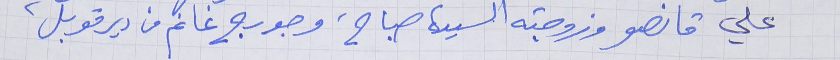
علي قانصو وزوجته السيدة صباح، وجورج غانم من دير قوبل،